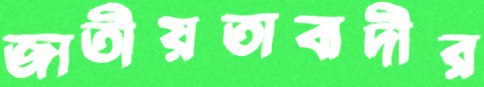
জাতীয়তাবাদীর